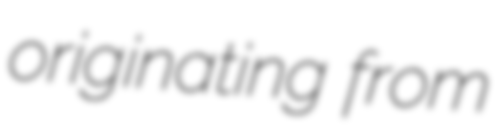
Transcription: originating from